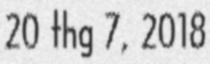
20 thg 7, 2018